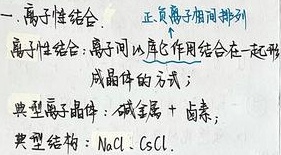
一、离子性结合
正负离子相间排列
离子性结合：离子间以静电作用结合在一起形成晶体的方式；
典型离子晶体：碱金属+卤素；
典型结构：$\text{NaCl}$、$\text{CsCl}$。